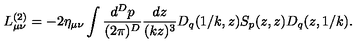
L _ { \mu \nu } ^ { ( 2 ) } = - 2 \eta _ { \mu \nu } \int { \frac { d ^ { D } p } { ( 2 \pi ) ^ { D } } } { \frac { d z } { ( k z ) ^ { 3 } } } D _ { q } ( 1 / k , z ) S _ { p } ( z , z ) D _ { q } ( z , 1 / k ) .